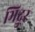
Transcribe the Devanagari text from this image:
भिदुर